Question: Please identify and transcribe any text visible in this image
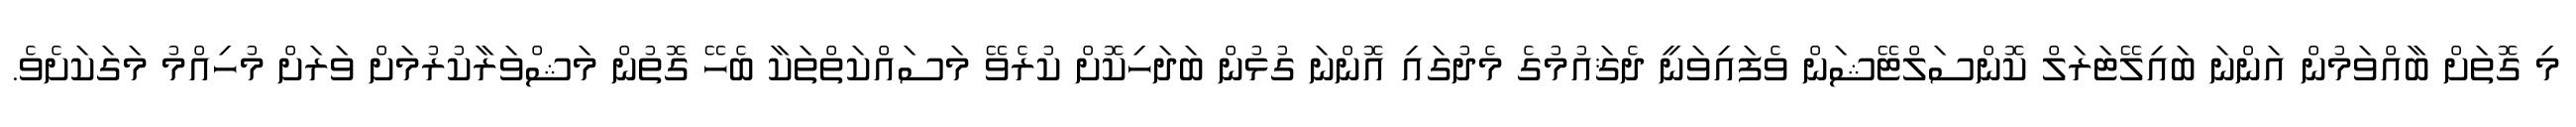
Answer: މި ގޮތަށް ބާއްވަމުން އަންނަ ބައިލޭޓަރަލް ކޮންސަލްޓޭޝަން ވެފައިވަނީ ދެޤައުމުގެ މެދުގައި އޮންނަ ގުޅުން ބަދަހިކޮށް ކުރެވޭ މަސައްކަތްތަކާ ބެހޭ ގޮތުން މަޝްވަރާކުރުމަށް ވަރަށް މުހިއްމު މަގަކަށެވެ.